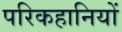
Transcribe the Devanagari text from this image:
परिकहानियों